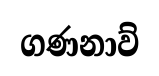
ගණනාව්